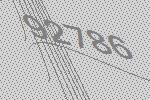
92786